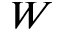
W